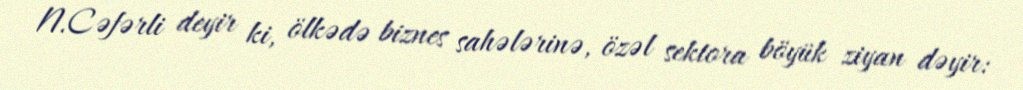
N.Cəfərli deyir ki, ölkədə biznes sahələrinə, özəl sektora böyük ziyan dəyir: